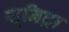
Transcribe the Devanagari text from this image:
यूनिट्रा